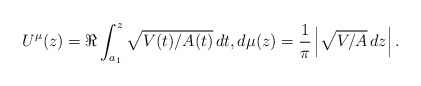
\begin{align*}U^\mu(z)=\Re\int_{a_1}^{z}\sqrt{{V(t)}/{A(t)}}\,dt,d\mu(z)=\frac{1}{\pi}\left|\sqrt{{V}/{A}}\,dz\right|.\end{align*}